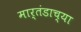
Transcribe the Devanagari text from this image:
मार्तंडाच्या